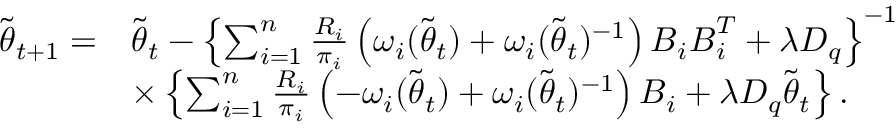
\begin{array} { r l } { \tilde { \boldsymbol { \theta } } _ { t + 1 } = } & { \tilde { \boldsymbol { \theta } } _ { t } - \left\{ \sum _ { i = 1 } ^ { n } \frac { R _ { i } } { \pi _ { i } } \left( \omega _ { i } ( \tilde { \boldsymbol { \theta } } _ { t } ) + \omega _ { i } ( \tilde { \boldsymbol { \theta } } _ { t } ) ^ { - 1 } \right) \boldsymbol { B } _ { i } \boldsymbol { B } _ { i } ^ { T } + \lambda D _ { q } \right\} ^ { - 1 } } \\ & { \times \left\{ \sum _ { i = 1 } ^ { n } \frac { R _ { i } } { \pi _ { i } } \left( - \omega _ { i } ( \tilde { \boldsymbol { \theta } } _ { t } ) + \omega _ { i } ( \tilde { \boldsymbol { \theta } } _ { t } ) ^ { - 1 } \right) \boldsymbol { B } _ { i } + \lambda D _ { q } \tilde { \boldsymbol { \theta } } _ { t } \right\} . } \end{array}